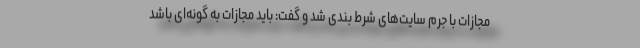
مجازات با جرم سایت‌های شرط بندی شد و گفت: باید مجازات به گونه‌ای باشد